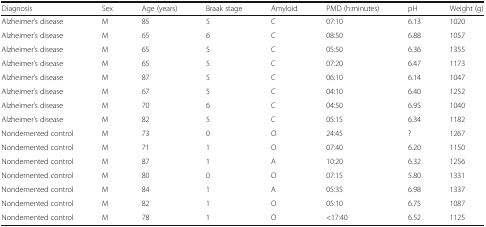
<table><thead><tr><td><b>Diagnosis</b></td><td><b>Sex</b></td><td><b>Age (years)</b></td><td><b>Braak stage</b></td><td><b>Amyloid</b></td><td><b>PMD (h:minutes)</b></td><td><b>pH</b></td><td><b>Weight (g)</b></td></tr></thead><tbody><tr><td>Alzheimer’s disease</td><td>M</td><td>85</td><td>5</td><td>C</td><td>07:10</td><td>6.13</td><td>1020</td></tr><tr><td>Alzheimer’s disease</td><td>M</td><td>65</td><td>6</td><td>C</td><td>08:50</td><td>6.88</td><td>1057</td></tr><tr><td>Alzheimer’s disease</td><td>M</td><td>65</td><td>5</td><td>C</td><td>05:50</td><td>6.36</td><td>1355</td></tr><tr><td>Alzheimer’s disease</td><td>M</td><td>65</td><td>5</td><td>C</td><td>07:20</td><td>6.47</td><td>1173</td></tr><tr><td>Alzheimer’s disease</td><td>M</td><td>87</td><td>5</td><td>C</td><td>06:10</td><td>6.14</td><td>1047</td></tr><tr><td>Alzheimer’s disease</td><td>M</td><td>67</td><td>5</td><td>C</td><td>04:10</td><td>6.40</td><td>1252</td></tr><tr><td>Alzheimer’s disease</td><td>M</td><td>70</td><td>6</td><td>C</td><td>04:50</td><td>6.95</td><td>1040</td></tr><tr><td>Alzheimer’s disease</td><td>M</td><td>82</td><td>5</td><td>C</td><td>05:15</td><td>6.34</td><td>1182</td></tr><tr><td>Nondemented control</td><td>M</td><td>73</td><td>0</td><td>O</td><td>24:45</td><td>?</td><td>1267</td></tr><tr><td>Nondemented control</td><td>M</td><td>71</td><td>1</td><td>O</td><td>07:40</td><td>6.20</td><td>1150</td></tr><tr><td>Nondemented control</td><td>M</td><td>87</td><td>1</td><td>A</td><td>10:20</td><td>6.32</td><td>1256</td></tr><tr><td>Nondemented control</td><td>M</td><td>80</td><td>0</td><td>O</td><td>07:15</td><td>5.80</td><td>1331</td></tr><tr><td>Nondemented control</td><td>M</td><td>84</td><td>1</td><td>A</td><td>05:35</td><td>6.98</td><td>1337</td></tr><tr><td>Nondemented control</td><td>M</td><td>82</td><td>1</td><td>O</td><td>05:10</td><td>6.75</td><td>1087</td></tr><tr><td>Nondemented control</td><td>M</td><td>78</td><td>1</td><td>O</td><td>&lt;17:40</td><td>6.52</td><td>1125</td></tr></tbody></table>